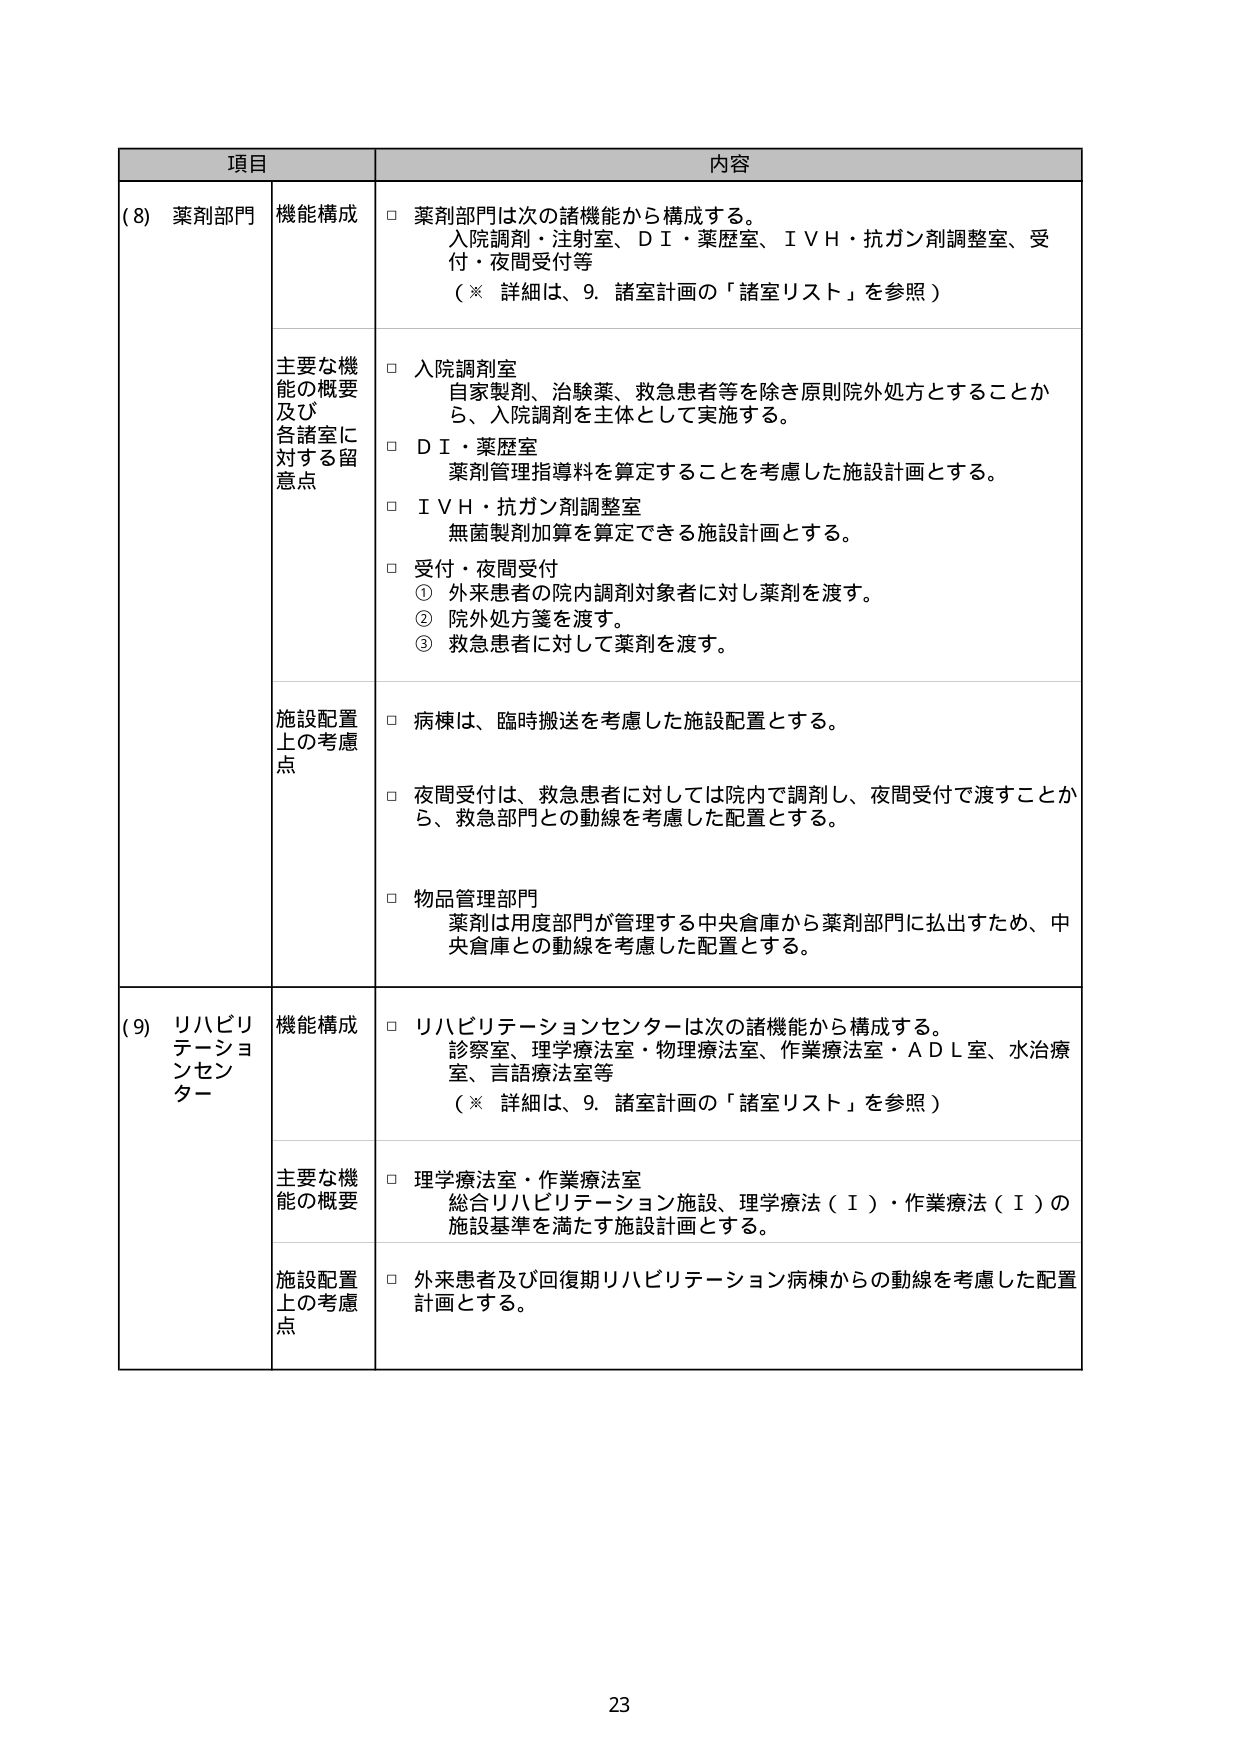
項目 内容
(8) 薬剤部門 機能構成 □ 薬剤部門は次の諸機能から構成する。
入院調剤・注射室、ＤＩ・薬歴室、ＩＶＨ・抗ガン剤調整室、受
付・夜間受付等
（※ 詳細は、9. 諸室計画の「諸室リスト」を参照）
主要な機 能の概要 及び 各諸室に 対する留 意点 □ 入院調剤室
自家製剤、治験薬、救急患者等を除き原則院外処方とすることか
ら、入院調剤を主体として実施する。
□ ＤＩ・薬歴室
薬剤管理指導料を算定することを考慮した施設計画とする。
□ ＩＶＨ・抗ガン剤調整室
無菌製剤加算を算定できる施設計画とする。
□ 受付・夜間受付
① 外来患者の院内調剤対象者に対し薬剤を渡す。
② 院外処方箋を渡す。
③ 救急患者に対して薬剤を渡す。
施設配置 上の考慮 点 □ 病棟は、臨時搬送を考慮した施設配置とする。
□ 夜間受付は、救急患者に対しては院内で調剤し、夜間受付で渡すことか
ら、救急部門との動線を考慮した配置とする。
□ 物品管理部門
薬剤は用途部門が管理する中央倉庫から薬剤部門に払出すため、中
央倉庫との動線を考慮した配置とする。
(9) リハビリ テーショ ンセン ター 機能構成 □ リハビリテーションセンターは次の諸機能から構成する。
診察室、理学療法室・物理療法室、作業療法室・ＡＤＬ室、水治療
室、言語療法室等
（※ 詳細は、9. 諸室計画の「諸室リスト」を参照）
主要な機 能の概要 □ 理学療法室・作業療法室
総合リハビリテーション施設、理学療法（Ⅰ）・作業療法（Ⅰ）の
施設基準を満たす施設計画とする。
施設配置 上の考慮 点 □ 外来患者及び回復期リハビリテーション病棟からの動線を考慮した配置
計画とする。
23